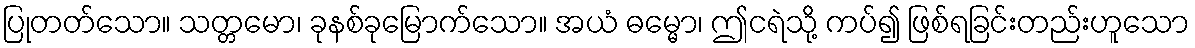
ပြုတတ်သော။ သတ္တမော၊ ခုနစ်ခုမြောက်သော။ အယံ ဓမ္မော၊ ဤငရဲသို့ ကပ်၍ ဖြစ်ရခြင်းတည်းဟူသော